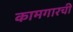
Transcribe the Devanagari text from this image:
कामगारची